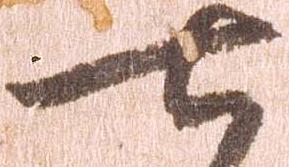
七